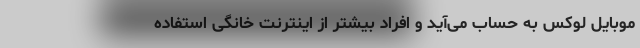
موبایل لوکس به حساب می‌آید و افراد بیشتر از اینترنت خانگی استفاده